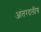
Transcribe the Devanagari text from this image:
आंतरदलीय